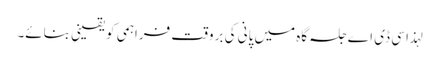
لہذا سی ڈی اے جلسہ گاہ میں پانی کی بروقت فراہمی کو یقینی بنائے۔